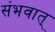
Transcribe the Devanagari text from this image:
संभवात्‌